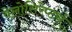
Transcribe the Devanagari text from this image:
वेलोसिरेप्टर्स